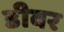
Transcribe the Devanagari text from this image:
डीवर